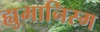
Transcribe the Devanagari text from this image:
ह्युमानिस्म